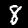
Digit: 8